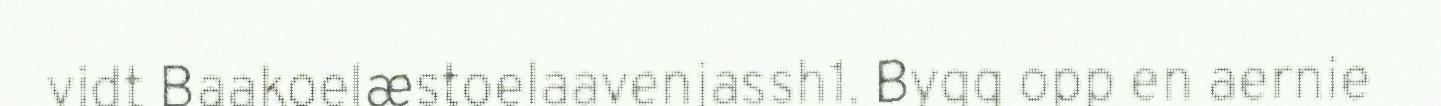
vidt Baakoelæstoelaavenjassh1. Bygg opp en aernie